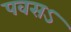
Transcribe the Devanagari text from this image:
पवसऽ